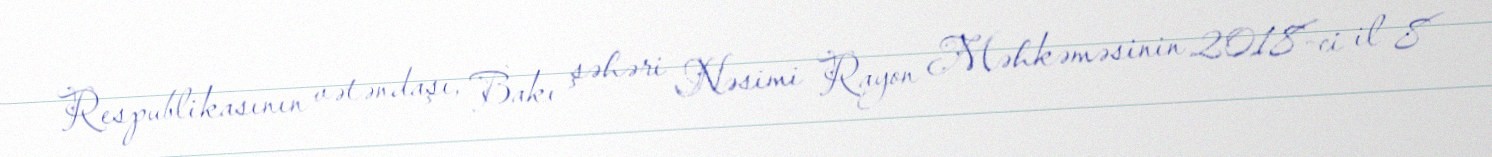
Respublikasının vətəndaşı, Bakı şəhəri Nəsimi Rayon Məhkəməsinin 2018-ci il 8